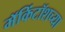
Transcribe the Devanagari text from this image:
मॅकिंटॉशच्या